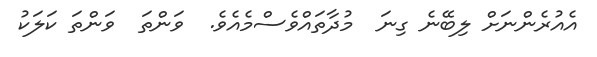
އެއުރެންނަށް ލިބޭނެ ގިނަ  މުދާތައްވެސްމެއެވެ.  ވަންތަ  ވަންތަ ކަލަކު